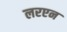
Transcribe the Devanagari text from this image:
लरएन